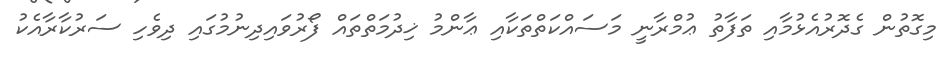
މިގޮތުން ގެދޮރުއެޅުމާއި ތަފާތު ޢުމްރާނީ މަސައްކަތްތަކާއި ޢާންމު ޚިދުމަތްތައް ފޯރުވައިދިނުމުގައި ދިވެހި ސަރުކާރާއެކު